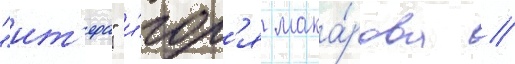
"ит'ера" и́гор'я мака́рова //